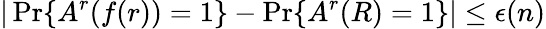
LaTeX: |\operatorname*{Pr}\{ A^{r}(f(r))=1\} -\operatorname*{Pr}\{ A^{r}(R)=1\} |\leq\epsilon(n)